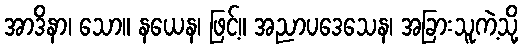
အာဒိနာ၊ သော။ နယေန၊ ဖြင့်။ အညာပဒေသေန၊ အခြားသူကဲ့သို့